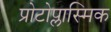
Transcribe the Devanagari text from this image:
प्रोटोप्लास्मिक